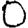
Digit: 0